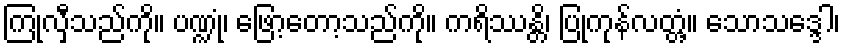
ကြုံလှီသည်ကို။ ပဏ္ဍုံ၊ ဖြော့တော့သည်ကို။ ကရိဿန္တိ၊ ပြုကုန်လတ္တံ့။ သောသဒ္ဒေါ၊